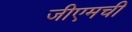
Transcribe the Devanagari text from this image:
जीएमची